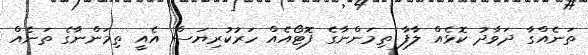
ތަނެއްގާ ދަވާދު ކޮޅެއް ލާފާ ތިމަންނާގެ ފޮޓޯއެއް ހަރުކުރިޔަސް އެއީ ތިމަންނާގެ ތަނެއް